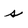
Character: s